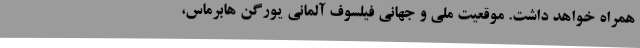
همراه خواهد داشت. موقعیتِ ملی و جهانیِ فیلسوف آلمانی یورگن هابرماس،